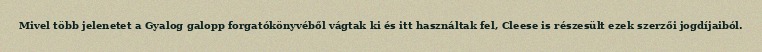
Mivel több jelenetet a Gyalog galopp forgatókönyvéből vágtak ki és itt használtak fel, Cleese is részesült ezek szerzői jogdíjaiból.